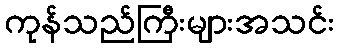
ကုန်သည်ကြီးများအသင်း